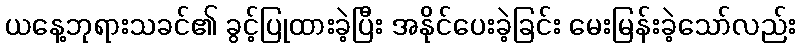
ယနေ့ဘုရားသခင်၏ ခွင့်ပြုထားခဲ့ပြီး အနိုင်ပေးခဲ့ခြင်း မေးမြန်းခဲ့သော်လည်း